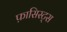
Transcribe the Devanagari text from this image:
फ़ासिस्ट्स